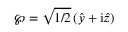
\boldsymbol { \wp } = \sqrt { 1 / 2 } \left( \hat { y } + \mathrm { i } \hat { z } \right)